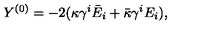
Y ^ { ( 0 ) } = - 2 ( \kappa \gamma ^ { i } \bar { E } _ { i } + \bar { \kappa } \gamma ^ { i } E _ { i } ) ,